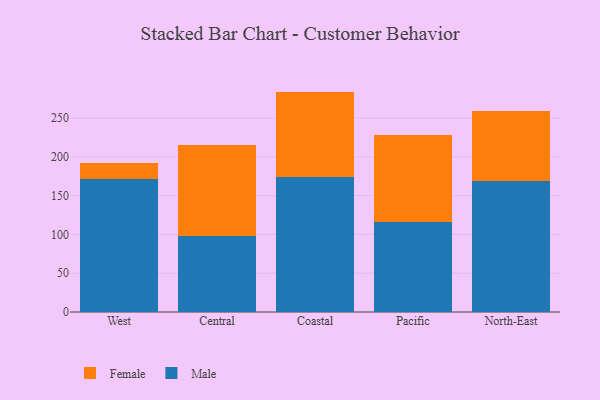
{"axis": {"x": "Region", "y": "Shipments"}, "legend": ["Female", "Male"], "data": [{"x": "West", "y": 171.2, "type": "Male"}, {"x": "West", "y": 20.3, "type": "Female"}, {"x": "Central", "y": 98.1, "type": "Male"}, {"x": "Central", "y": 116.7, "type": "Female"}, {"x": "Coastal", "y": 174.1, "type": "Male"}, {"x": "Coastal", "y": 110.0, "type": "Female"}, {"x": "Pacific", "y": 116.5, "type": "Male"}, {"x": "Pacific", "y": 111.6, "type": "Female"}, {"x": "North-East", "y": 169.1, "type": "Male"}, {"x": "North-East", "y": 89.9, "type": "Female"}]}